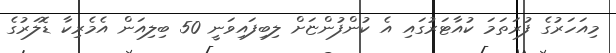
މިއަހަރުގެ ފުރަތަމަ ކުއާޓަރުގައި އެ ކުންފުންޏަށް ލިބިފައިވަނީ 50 ބިލިއަން އެމެރިކާ ޑޮލަރުގެ